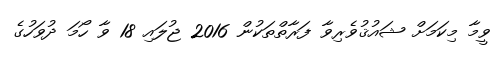
ވީމާ މިކަމަށް ޝައުޤުވެރިވާ ފަރާތްތަކުން 2016 ޖުލައި 18 ވާ ހޯމަ ދުވަހުގެ